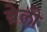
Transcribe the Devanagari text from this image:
ब्रेली